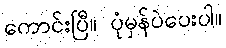
ကောင်းပြီ။ ပုံမှန်ပဲပေးပါ။